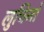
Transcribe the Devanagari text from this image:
लुचिनो